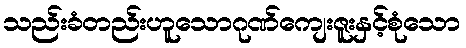
သည်းခံတည်းဟူသောဂုဏ်ကျေးဇူးနှင့်စုံသော